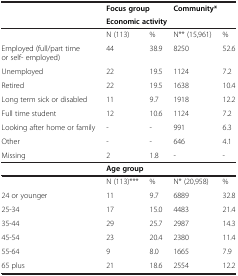
|  | <COLSPAN=2> Focus group | <COLSPAN=2> Community* |
 |  | <COLSPAN=4> Economic activity |
 | --- | --- | --- | --- | --- |
 |  | N (113) | % | N** (15,961) | % |
 | Employed (full/part time or self- employed) | 44 | 38.9 | 8250 | 52.6 |
 | Unemployed | 22 | 19.5 | 1124 | 7.2 |
 | Retired | 22 | 19.5 | 1638 | 10.4 |
 | Long term sick or disabled | 11 | 9.7 | 1918 | 12.2 |
 | Full time student | 12 | 10.6 | 1124 | 7.2 |
 | Looking after home or family | - | - | 991 | 6.3 |
 | Other | - | - | 646 | 4.1 |
 | Missing | 2 | 1.8 | - | - |
 |  | <COLSPAN=4> Age group |
 |  | N (113)*** | % | N* (20,958) | % |
 | 24 or younger | 11 | 9.7 | 6889 | 32.8 |
 | 25-34 | 17 | 15.0 | 4483 | 21.4 |
 | 35-44 | 29 | 25.7 | 2987 | 14.3 |
 | 45-54 | 23 | 20.4 | 2380 | 11.4 |
 | 55-64 | 9 | 8.0 | 1665 | 7.9 |
 | 65 plus | 21 | 18.6 | 2554 | 12.2 |